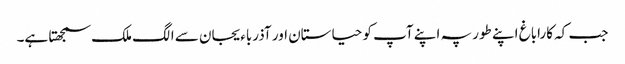
جب کہ کاراباغ اپنے طور پہ اپنے آپ کو حیاستان اور آذرباءیجان سے الگ ملک سمجھتا ہے۔